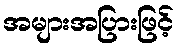
အများအပြားဖြင့်